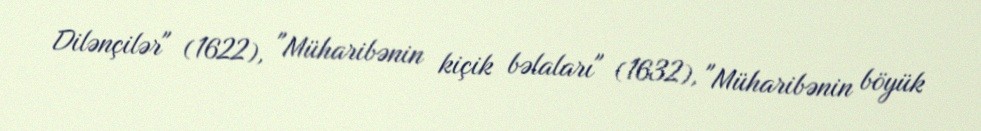
Dilənçilər" (1622), "Müharibənin kiçik bəlaları" (1632), "Müharibənin böyük